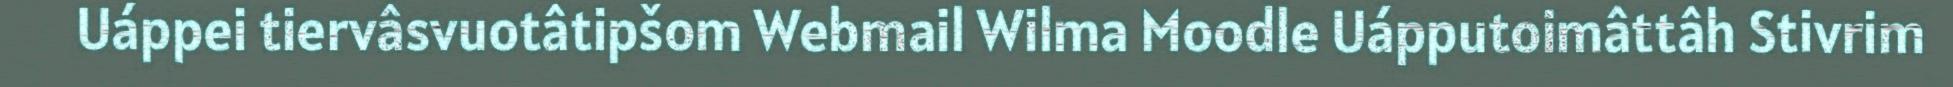
Uáppei tiervâsvuotâtipšom Webmail Wilma Moodle Uápputoimâttâh Stivrim